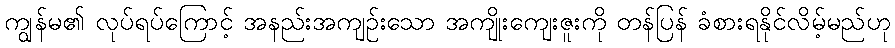
ကျွန်မ၏ လုပ်ရပ်ကြောင့် အနည်းအကျဉ်းသော အကျိုးကျေးဇူးကို တန်ပြန် ခံစားရနိုင်လိမ့်မည်ဟု